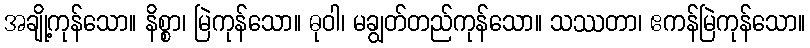
အချို့ကုန်သော။ နိစ္စာ၊ မြဲကုန်သော။ ဓုဝါ၊ မချွတ်တည်ကုန်သော။ သဿတာ၊ ဧကန်မြဲကုန်သော။